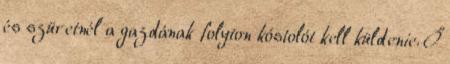
és szüretnél a gazdának folyton kóstolót kell küldenie. Ő